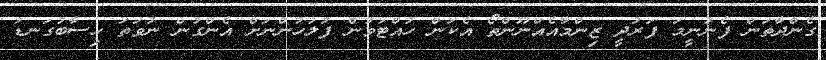
ގެންދާތަން ފެނުނީމަ ފަރުދީ ޒިންމާއެއްނޫންތޯ އެކަން ހުއްޓުވުން ފުލުހުންނަށް އެންގުން ނުވަތަ ހިސާބުގަނޑު